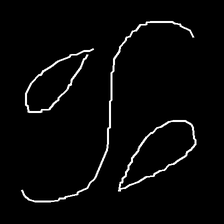
Glyph: water